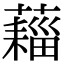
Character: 𧀗